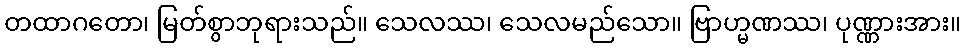
တထာဂတော၊ မြတ်စွာဘုရားသည်။ သေလဿ၊ သေလမည်သော။ ဗြာဟ္မဏဿ၊ ပုဏ္ဏားအား။